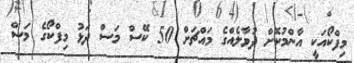
މިފްކޯއަކީ އާންމުކޮށް ދުވާލެއްގެ މައްޗަށް 50 ކޭސް މަސް ދަޅު މިފްކޯގެ މަސް